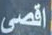
اقصى